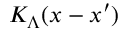
{ \cal { K } } _ { \Lambda } ( x - x ^ { \prime } )